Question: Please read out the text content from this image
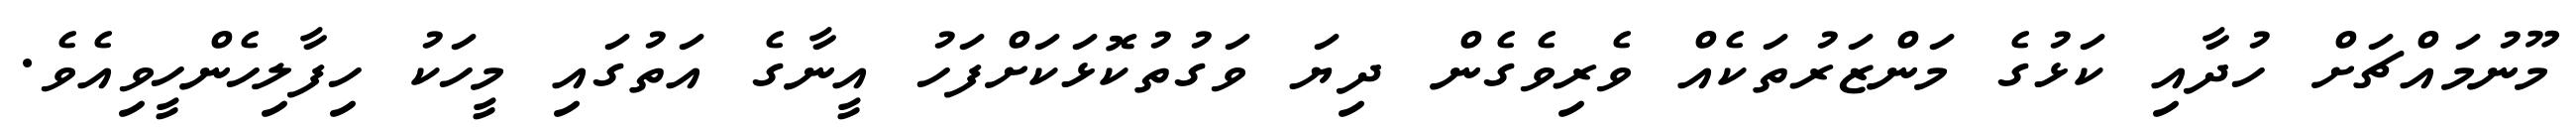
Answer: މޫނުމައްޗަށް ހުދާއި ކަޅުގެ މަންޒަރުތަކެއް ވެރިވެގެން ދިޔަ ވަގުތުކޮޅަކަށްފަހު އީނާގެ އަތުގައި މީހަކު ހިފާލިހެންހީވިއެވެ.